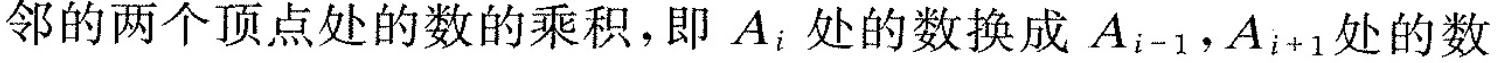
邻的两个顶点处的数的乘积，即A_{i}；处的数换成A_{i-1}，A_{i-1}处的数